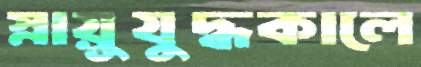
স্নায়ুযুদ্ধকালে